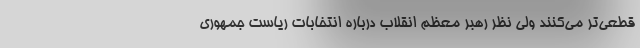
قطعی‌تر می‌کنند ولی نظر رهبر معظم انقلاب درباره انتخابات ریاست جمهوری